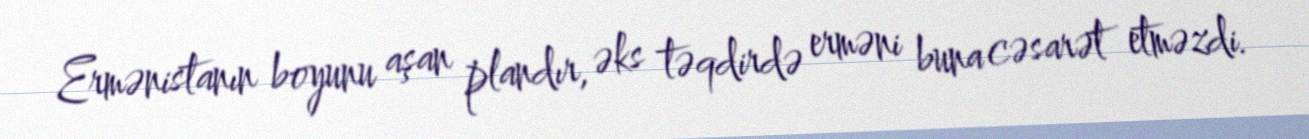
Ermənistanın boyunu aşan plandır, əks təqdirdə erməni buna cəsarət etməzdi.